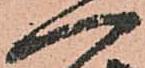
一